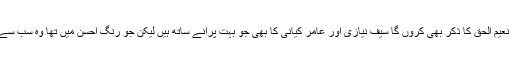
میں یہاں نعیم الحق کا ذکر بھی کروں گا سیف نیازی اور عامر کیانی کا بھی جو بہت پرانے ساتھ ہیں لیکن جو رنگ احسن میں تھا وہ سب سے سوا تھا۔